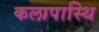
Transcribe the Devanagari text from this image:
कलापास्थि